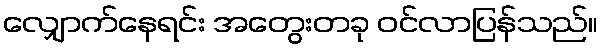
လျှောက်နေရင်း အတွေးတခု ဝင်လာပြန်သည်။